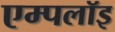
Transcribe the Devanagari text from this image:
एम्पलॉइ